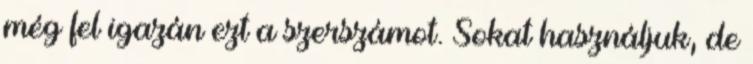
még fel igazán ezt a szerszámot. Sokat használjuk, de